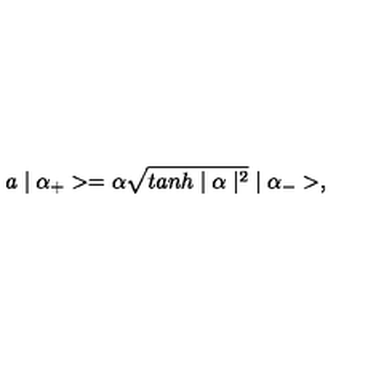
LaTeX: a \mid \alpha _ { + } > = \alpha \sqrt { t a n h \mid \alpha \mid ^ { 2 } } \mid \alpha _ { - } > ,